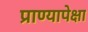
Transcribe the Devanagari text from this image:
प्राण्यापेक्षा